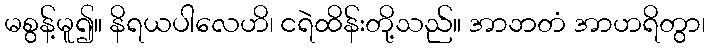
မစွန့်မူ၍။ နိရယပါလေဟိ၊ ငရဲထိန်းတို့သည်။ အာဘတံ အာဟရိတွာ၊